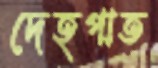
দেহপাত